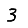
Digit: 3